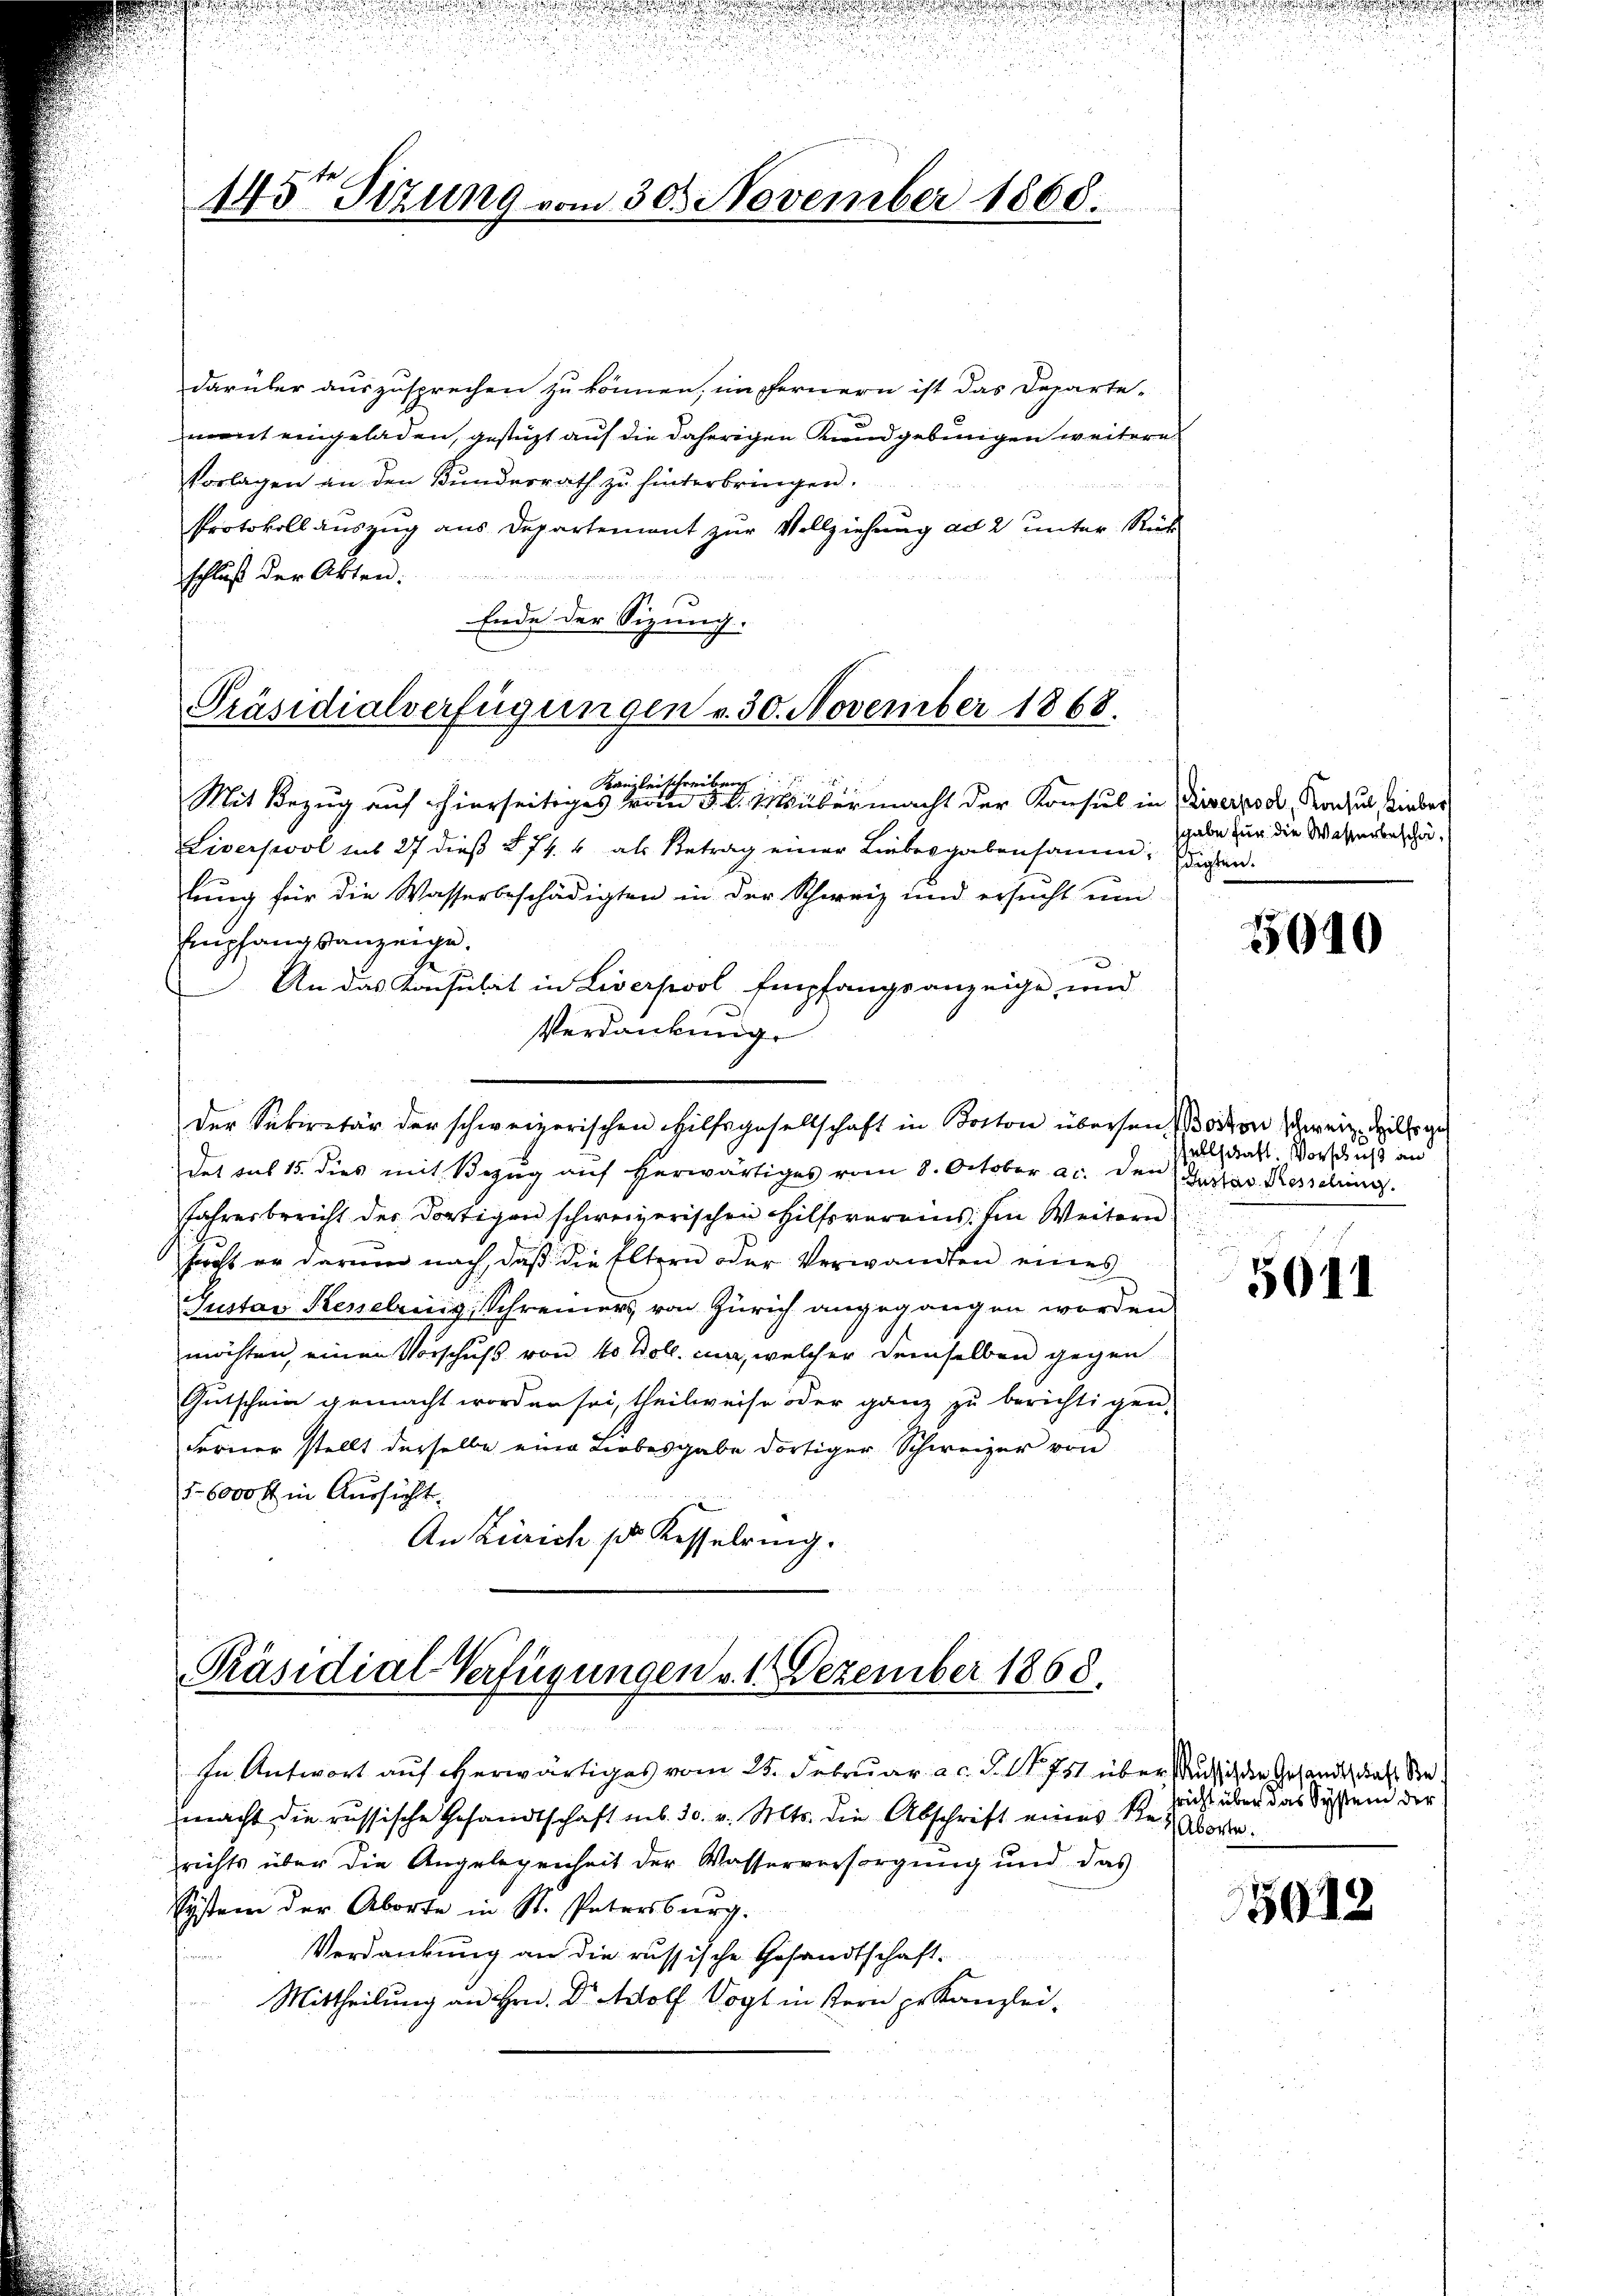
145 Sizung vom 30. November 1868.

darüber auszusprechen zu können, im Fernern ist das Departe-
ment eingeladen, gestützt auf die daherigen Kundgebungen weitere
Vorlagen an den Bundesrath zu hinterbringen.
Protokoll auszug aus Departement zur Vollziehung ad 2 unter Rück
schluß der Akten:
Ende der Sizung.

Präsidialverfügungen v. 30. November 1868.

Kanzleischreiben
Mit Bezug auf hierseitiges vom 5. d. M. übermacht der Konsul in Priserpool, Kaul, sieber
Liverpool sub 27 dieβ § 74. 4 als Betrag einer Liebesgabensame, diesen.
lung für die Wasserbeschädigten in der Schweiz und ersucht um
Empfangsanzeige.
An das Konsulat in Liverpool Empfangsanzeige, und
Verdankunge
der Sekretär der schweizerischen Hilfsgesellschaft in Boston übersen Boston schweiz. Hills ge
det sub 15. dies mit Bezŭg aŭf herwärtiges vom 8. October a.c. den Zustav Kesselung.
Jahresbericht der dortigen schweizerischen Hilfsvereins. Im Weitern
srcht er darum nach, daß die Eltern oder Verwandten eines
Pustav Kesselenis Schreiners von Zürich angegangen worden.
möchten, einen Vorschuß von 40 Boll. ein, welcher demselben gegen
Gutschein gemacht worden sei, theilweise oder ganz zu berichtigen,
Ferner stellt derselbe eine Liebesgabe dortiger Schweizer von
5 6000 fl in Aussicht.
An Zürich pr. Kesselring.

Präsidial-Verfügungen v. 1. Dezember 1868.
In Antwort auf erwärtiges vom 25. Februar a.c. d. 14. 751 über aussich den Gesandt, daß Sie

macht die russische Gesandtschaft ab. 30. v. Mts. die Abschrift eines Sten Worte.
richts über die Angelegenheit der Wasserversorgung und das
System der Aborte in St. Patersburg.
Verdankung an die russische Gesandtschaft-
Mittheilung an Hrn. Dr. Adolf Vogt in fern pr Kanzlei-

gabe für die Wisserbeschä¬

5010

sellschaft. Vorschuß an

5011

sricht über das System der

5012